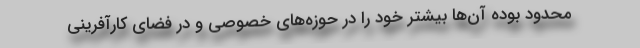
محدود بوده آن‌ها بیشتر خود را در حوزه‌‌های خصوصی و در فضای کارآفرینی